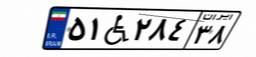
۵۱W۲۸۴۳۸